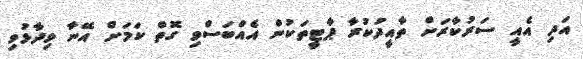
އަދި އެއީ ސަރުކާރަށް ތާއީދުކުރާ ޕާޓީތަކުން އެއްބަސްވި ގޮތް ކަމަށް އޭނާ ވިދާޅުވި